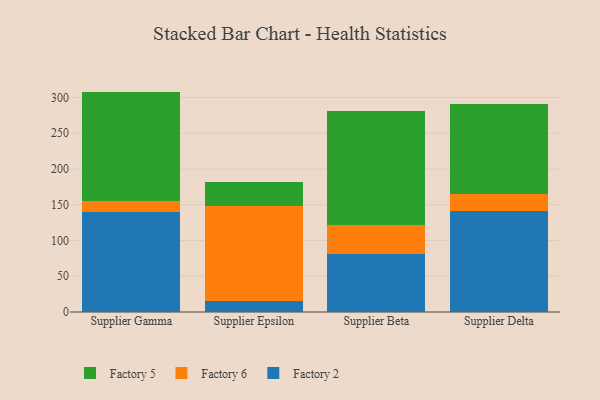
{"axis": {"x": "Supplier", "y": "Page Views"}, "legend": ["Factory 2", "Factory 5", "Factory 6"], "data": [{"x": "Supplier Gamma", "y": 139.5, "type": "Factory 2"}, {"x": "Supplier Gamma", "y": 16.4, "type": "Factory 6"}, {"x": "Supplier Gamma", "y": 152.4, "type": "Factory 5"}, {"x": "Supplier Epsilon", "y": 15.3, "type": "Factory 2"}, {"x": "Supplier Epsilon", "y": 132.7, "type": "Factory 6"}, {"x": "Supplier Epsilon", "y": 33.8, "type": "Factory 5"}, {"x": "Supplier Beta", "y": 81.7, "type": "Factory 2"}, {"x": "Supplier Beta", "y": 40.2, "type": "Factory 6"}, {"x": "Supplier Beta", "y": 159.4, "type": "Factory 5"}, {"x": "Supplier Delta", "y": 140.7, "type": "Factory 2"}, {"x": "Supplier Delta", "y": 24.8, "type": "Factory 6"}, {"x": "Supplier Delta", "y": 125.6, "type": "Factory 5"}]}